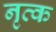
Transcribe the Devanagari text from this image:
नृत्क